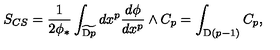
S _ { C S } = \frac { 1 } { 2 \phi _ { * } } \int _ { \widetilde { \mathrm { D } p } } d x ^ { p } \frac { d \phi } { d x ^ { p } } \wedge C _ { p } = \int _ { \mathrm { D } ( p - 1 ) } C _ { p } ,